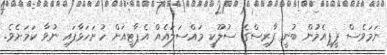
ނަމަވެސް ޕީޕީއެމުން ބުނީ ފާރިސްގެ ސުލޫކީ މައްސަލައެއް އެޕާޓީއަށް ހުށަހަޅާފައި ނުވާ ކަމަށެވެ.